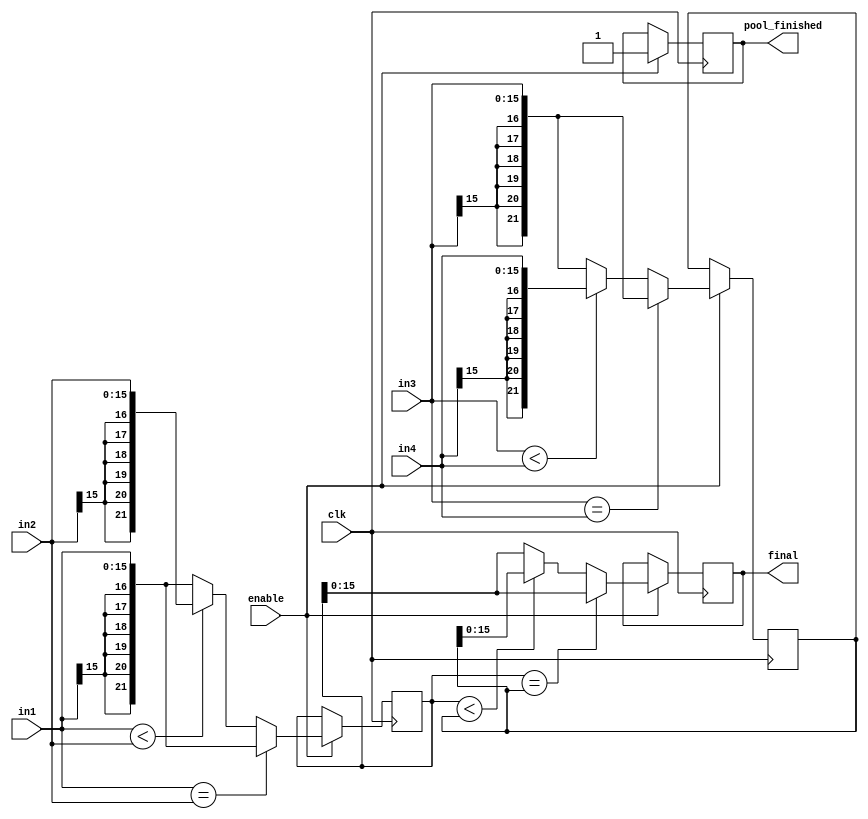
`timescale 1ns / 1ps
//////////////////////////////////////////////////////////////////////////////////
// Maxpooling of Second Stage Convolution
//////////////////////////////////////////////////////////////////////////////////


module maxpool(
    input clk,
    input enable,
    input signed [15:0] in1,
    input signed [15:0] in2,
    input signed [15:0] in3,
    input signed [15:0] in4,
    output reg signed [15:0] final,
    output reg signed pool_finished 
    );
    
    reg signed [21:0] temp1;
    reg signed [21:0] temp2;
    
    always@(posedge clk)
        if(enable)
            begin
                if(in1 < in2)
                    begin
                        temp1 <= in2;
                    end
                else
                    begin
                        temp1 <= in1;
                    end
                if(in1 == in2)
                    begin
                        temp1 <= in1;
                    end
                if(in3 < in4)
                    begin
                        temp2 <= in4;
                    end
                else
                    begin
                        temp2 <= in3;
                    end
                if(in3 == in4)
                    begin
                        temp2 <= in3;
                    end
                if(temp1 < temp2)
                        begin
                            final <= temp2;
                            pool_finished <= 1;
                            
                        end
                    else
                        begin
                            final <= temp1;
                            pool_finished <= 1;
                        end
                if(temp1 == temp2)
                    begin
                        final <= temp1;
                        pool_finished <= 1;
                    end
            end
endmodule